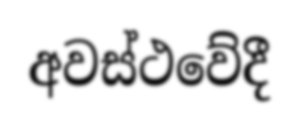
අවස්ථවේදී